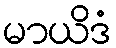
မာယိဒံ